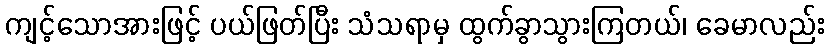
ကျင့်သောအားဖြင့် ပယ်ဖြတ်ပြီး သံသရာမှ ထွက်ခွာသွားကြတယ်၊ ခေမာလည်း